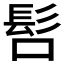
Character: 𲌚